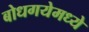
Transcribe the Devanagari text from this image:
बोधगयेमध्ये